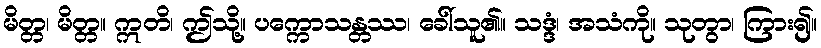
မိတ္တ၊ မိတ္တ။ ဣတိ၊ ဤသို့။ ပက္ကောသန္တဿ၊ ခေါ်သူ၏။ သဒ္ဒံ၊ အသံကို။ သုတွာ၊ ကြား၍။